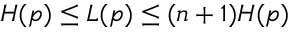
H ( p ) \leq L ( p ) \leq ( n + 1 ) H ( p )